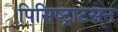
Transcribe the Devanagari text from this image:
पिसिष्ट्राटसन